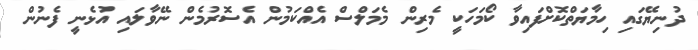
ދުނިޔޭގައި ހިމާޔަތްކޮށްފައިވާ ކޯމަަހަކީ މެރިން މެމަލްސް އެއްކަމުން އެސޮރުމެން ނޭވާލައި އުޅެނީ ފެނުން